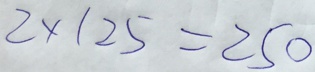
2 \times 1 2 5 = 2 5 0